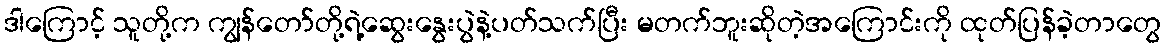
ဒါကြောင့် သူတို့က ကျွန်တော်တို့ရဲ့ဆွေးနွေးပွဲနဲ့ပတ်သက်ပြီး မတက်ဘူးဆိုတဲ့အကြောင်းကို ထုတ်ပြန်ခဲ့တာတွေ